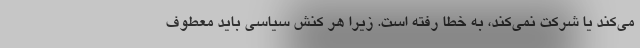
می‌کند یا شرکت نمی‌کند، به خطا رفته است. زیرا هر کنش سیاسی باید معطوف